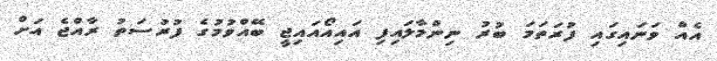
އެއް ވަނައިގައި ފުރަތަމަ ބުރު ނިންމާލައިފި އައިއޯއައިޖީ ބޭއްވުމުގެ ފުރުސަތު ރާއްޖެ އަށް